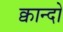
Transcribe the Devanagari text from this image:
क्वान्दो